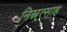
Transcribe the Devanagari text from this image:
निस्र्त्साह